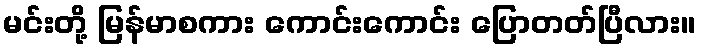
မင်းတို့ မြန်မာစကား ကောင်းကောင်း ပြောတတ်ပြီလား။